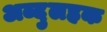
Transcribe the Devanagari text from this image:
अब्दुलहक